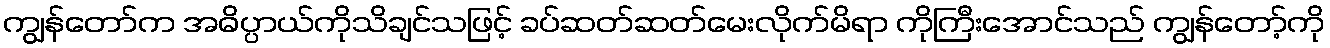
ကျွန်တော်က အဓိပ္ပာယ်ကိုသိချင်သဖြင့် ခပ်ဆတ်ဆတ်မေးလိုက်မိရာ ကိုကြီးအောင်သည် ကျွန်တော့်ကို